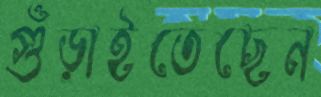
গুঁড়াইতেছেন